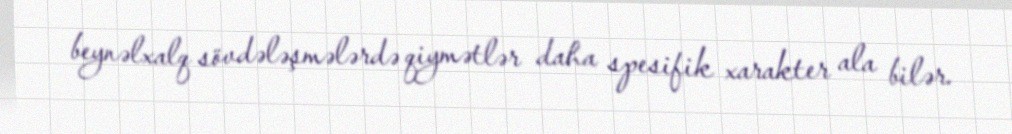
beynəlxalq sövdələşmələrdə qiymətlər daha spesifik xarakter ala bilər.